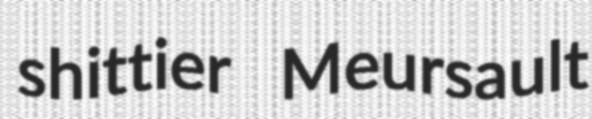
shittier Meursault